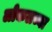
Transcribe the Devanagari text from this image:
लोकलच्या